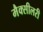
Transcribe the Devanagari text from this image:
मैक्सीलरी